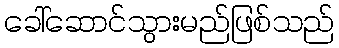
ခေါ်ဆောင်သွားမည်ဖြစ်သည်